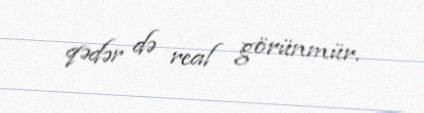
qədər də real görünmür.